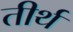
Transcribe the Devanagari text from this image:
तीर्थ